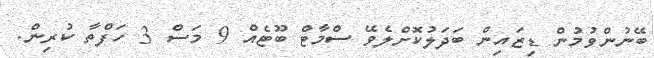
ބޭނުންވުމުން ޑިޒައިން ބަދަލުކޮށްލެވޭ ސްމާޓް ބޫޓެއް 9 މަސް 3 ހަފްތާ ކުރިން.